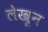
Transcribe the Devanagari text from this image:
लेखून